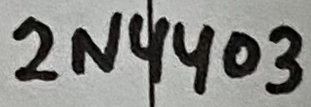
Text: 2N4403